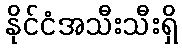
နိုင်ငံအသီးသီးရှိ